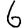
Digit: 6